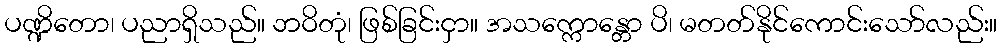
ပဏ္ဍိတော၊ ပညာရှိသည်။ ဘဝိတုံ၊ ဖြစ်ခြင်းငှာ။ အသက္ကောန္တော ပိ၊ မတတ်နိုင်ကောင်းသော်လည်း။